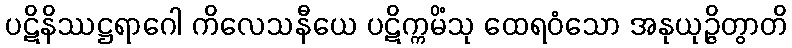
ပဋိနိဿဋ္ဌရာဂေါ ကိလေသနီယေ ပဋိက္ကမိံသု ထေရဝံသော အနုယုဉ္ဇိတွာတိ